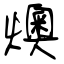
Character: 燠